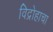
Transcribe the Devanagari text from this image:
विद्रोहाचा